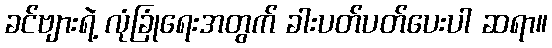
ခင်ဗျားရဲ့ လုံခြုံရေးအတွက် ခါးပတ်ပတ်ပေးပါ ဆရာ။